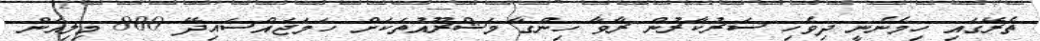
ތެރޭގައި ހިމެނެނީ ދިވެހި ސަރުކާރުން ރާވާ ހިންގާ މަޝްރޫއުތަކަށް ހަމަޖައްސައިދޭ 800 މިލިއަން